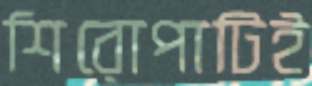
শিরোপাটিই